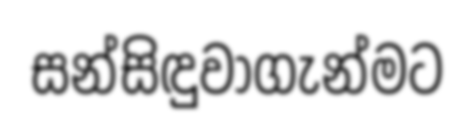
සන්සිඳුවාගැන්මට